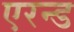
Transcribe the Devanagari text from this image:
एरन्ड